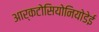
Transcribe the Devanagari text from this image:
आर्कटोसियोनियोडेई